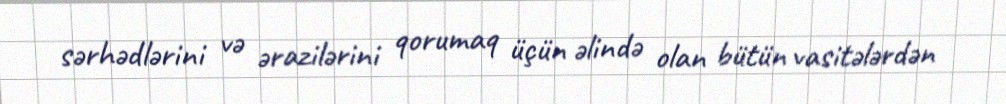
sərhədlərini və ərazilərini qorumaq üçün əlində olan bütün vasitələrdən